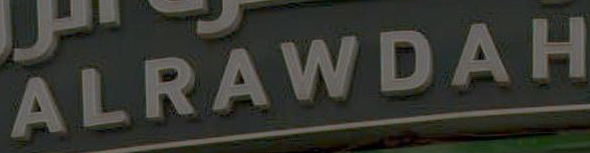
ALRAWDAH